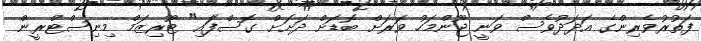
ފަތުރުވެރިންގެ އަދަދުވެސް ވަނީ ޖޫންމަހު ވަރަށް ބޮޑަށް ދަށަށް ގޮސްފަައި" ޓޫރިޒަމް މިނިސްޓްރީން